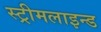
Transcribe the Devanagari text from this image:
स्ट्रीमलाइन्ड